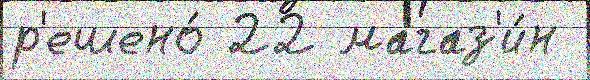
р'ешено́ 22 магаз'и́н